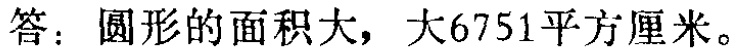
答：圆形的面积大，大6751平方厘米。